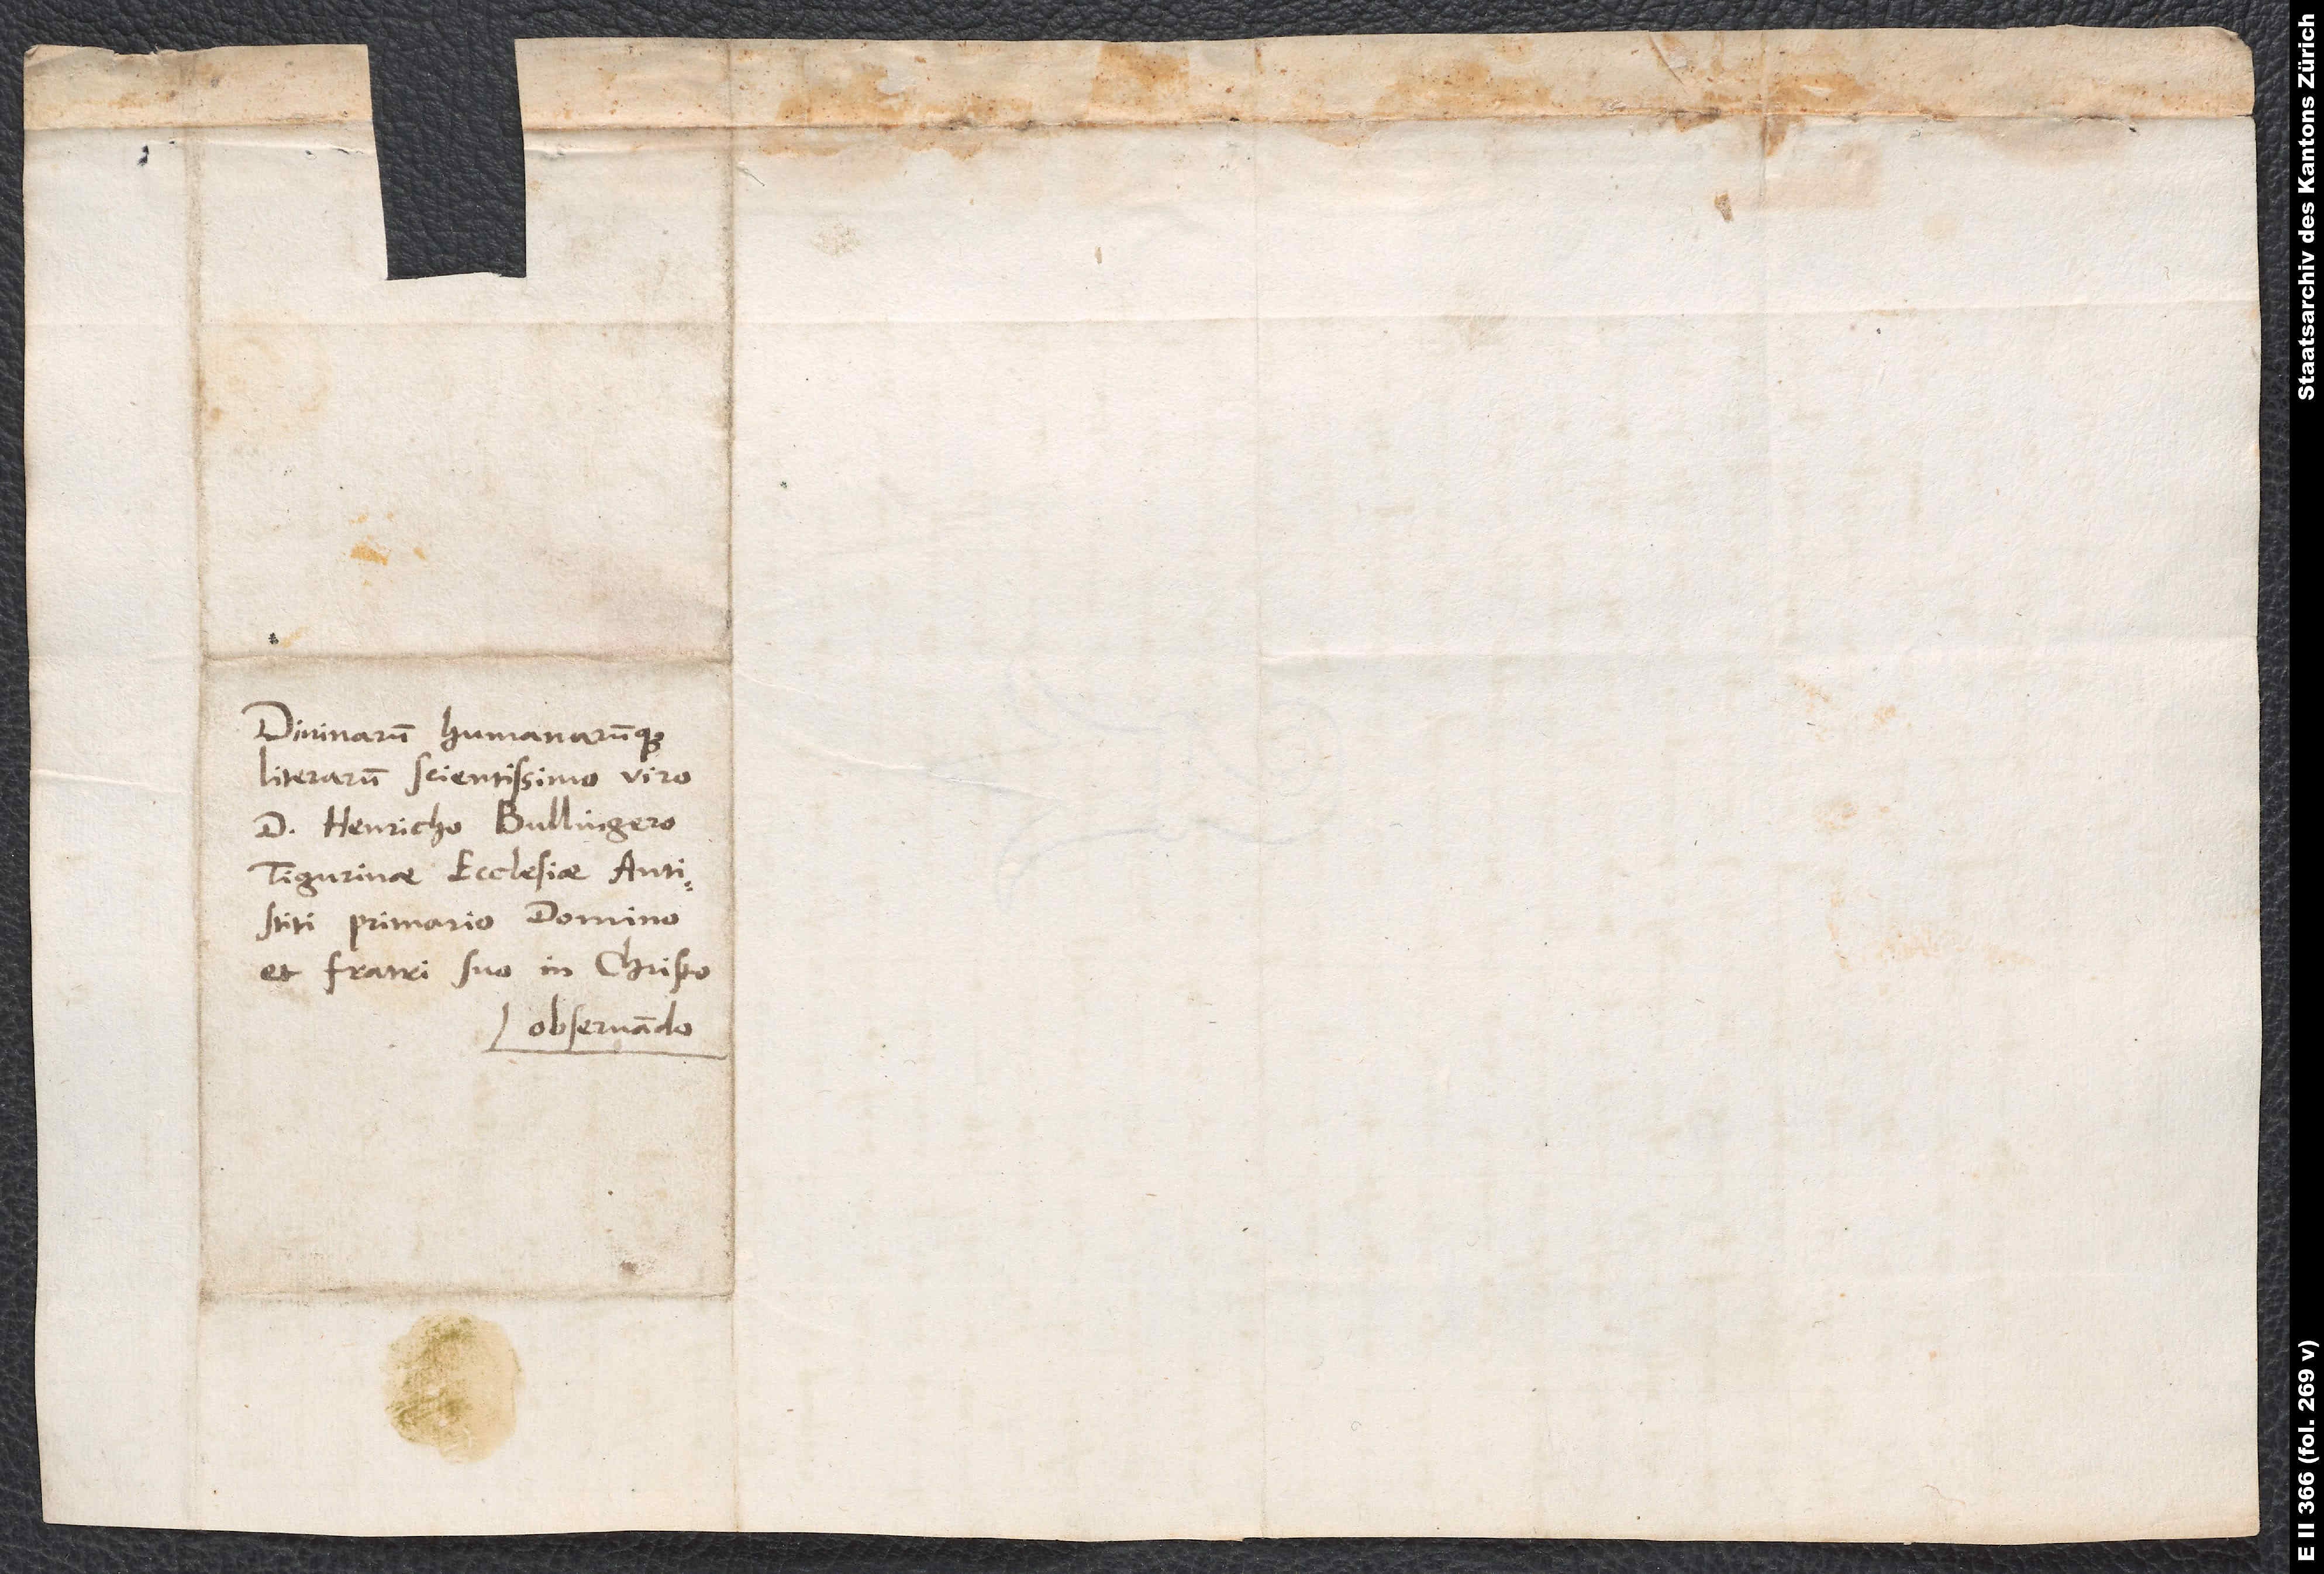
Divinarum humanarumque
literarum scientissimo viro
d. Henricho Bullingero,
Tigurinae ecclesiae antistiti
primario, domino
et fratri suo in Christo
observando.